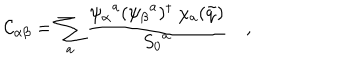
LaTeX: { \cal C } _ { \alpha \beta } = \sum _ { a } { \frac { { \psi _ { \alpha } } ^ { a } ( { \psi _ { \beta } } ^ { a } ) ^ { \dagger } \ \chi _ { a } ( \tilde { q } ) } { { S _ { 0 } } ^ { a } } } \quad ,